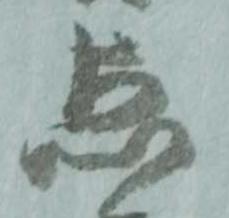
点